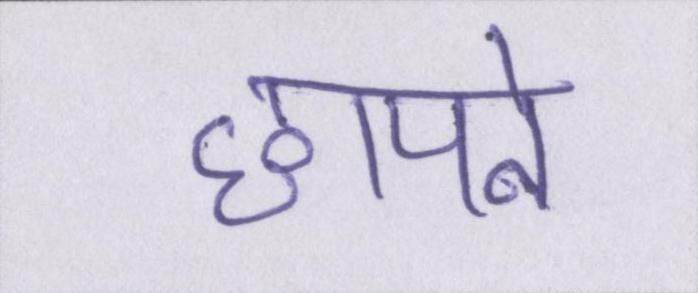
छापने